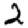
Digit: 2